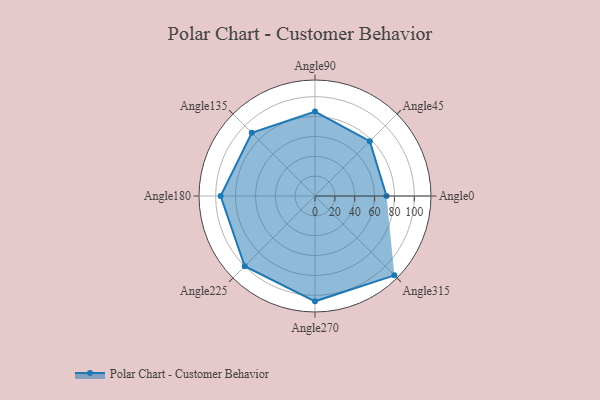
{"axis": {"x": "Angle", "y": "Radius"}, "legend": [""], "data": [{"x": "Angle0", "y": 72.0, "type": ""}, {"x": "Angle45", "y": 78.0, "type": ""}, {"x": "Angle90", "y": 85.0, "type": ""}, {"x": "Angle135", "y": 90.0, "type": ""}, {"x": "Angle180", "y": 95.0, "type": ""}, {"x": "Angle225", "y": 100.0, "type": ""}, {"x": "Angle270", "y": 106.0, "type": ""}, {"x": "Angle315", "y": 113.0, "type": ""}]}